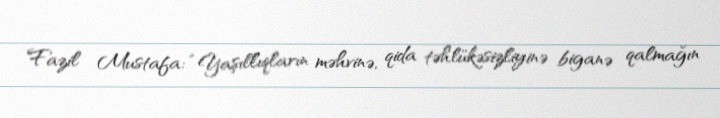
Fazil Mustafa: “Yaşıllıqların məhvinə, qida təhlükəsizliyinə biganə qalmağın